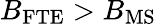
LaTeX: B_{\mathrm{FTE}}>B_{\mathrm{MS}}